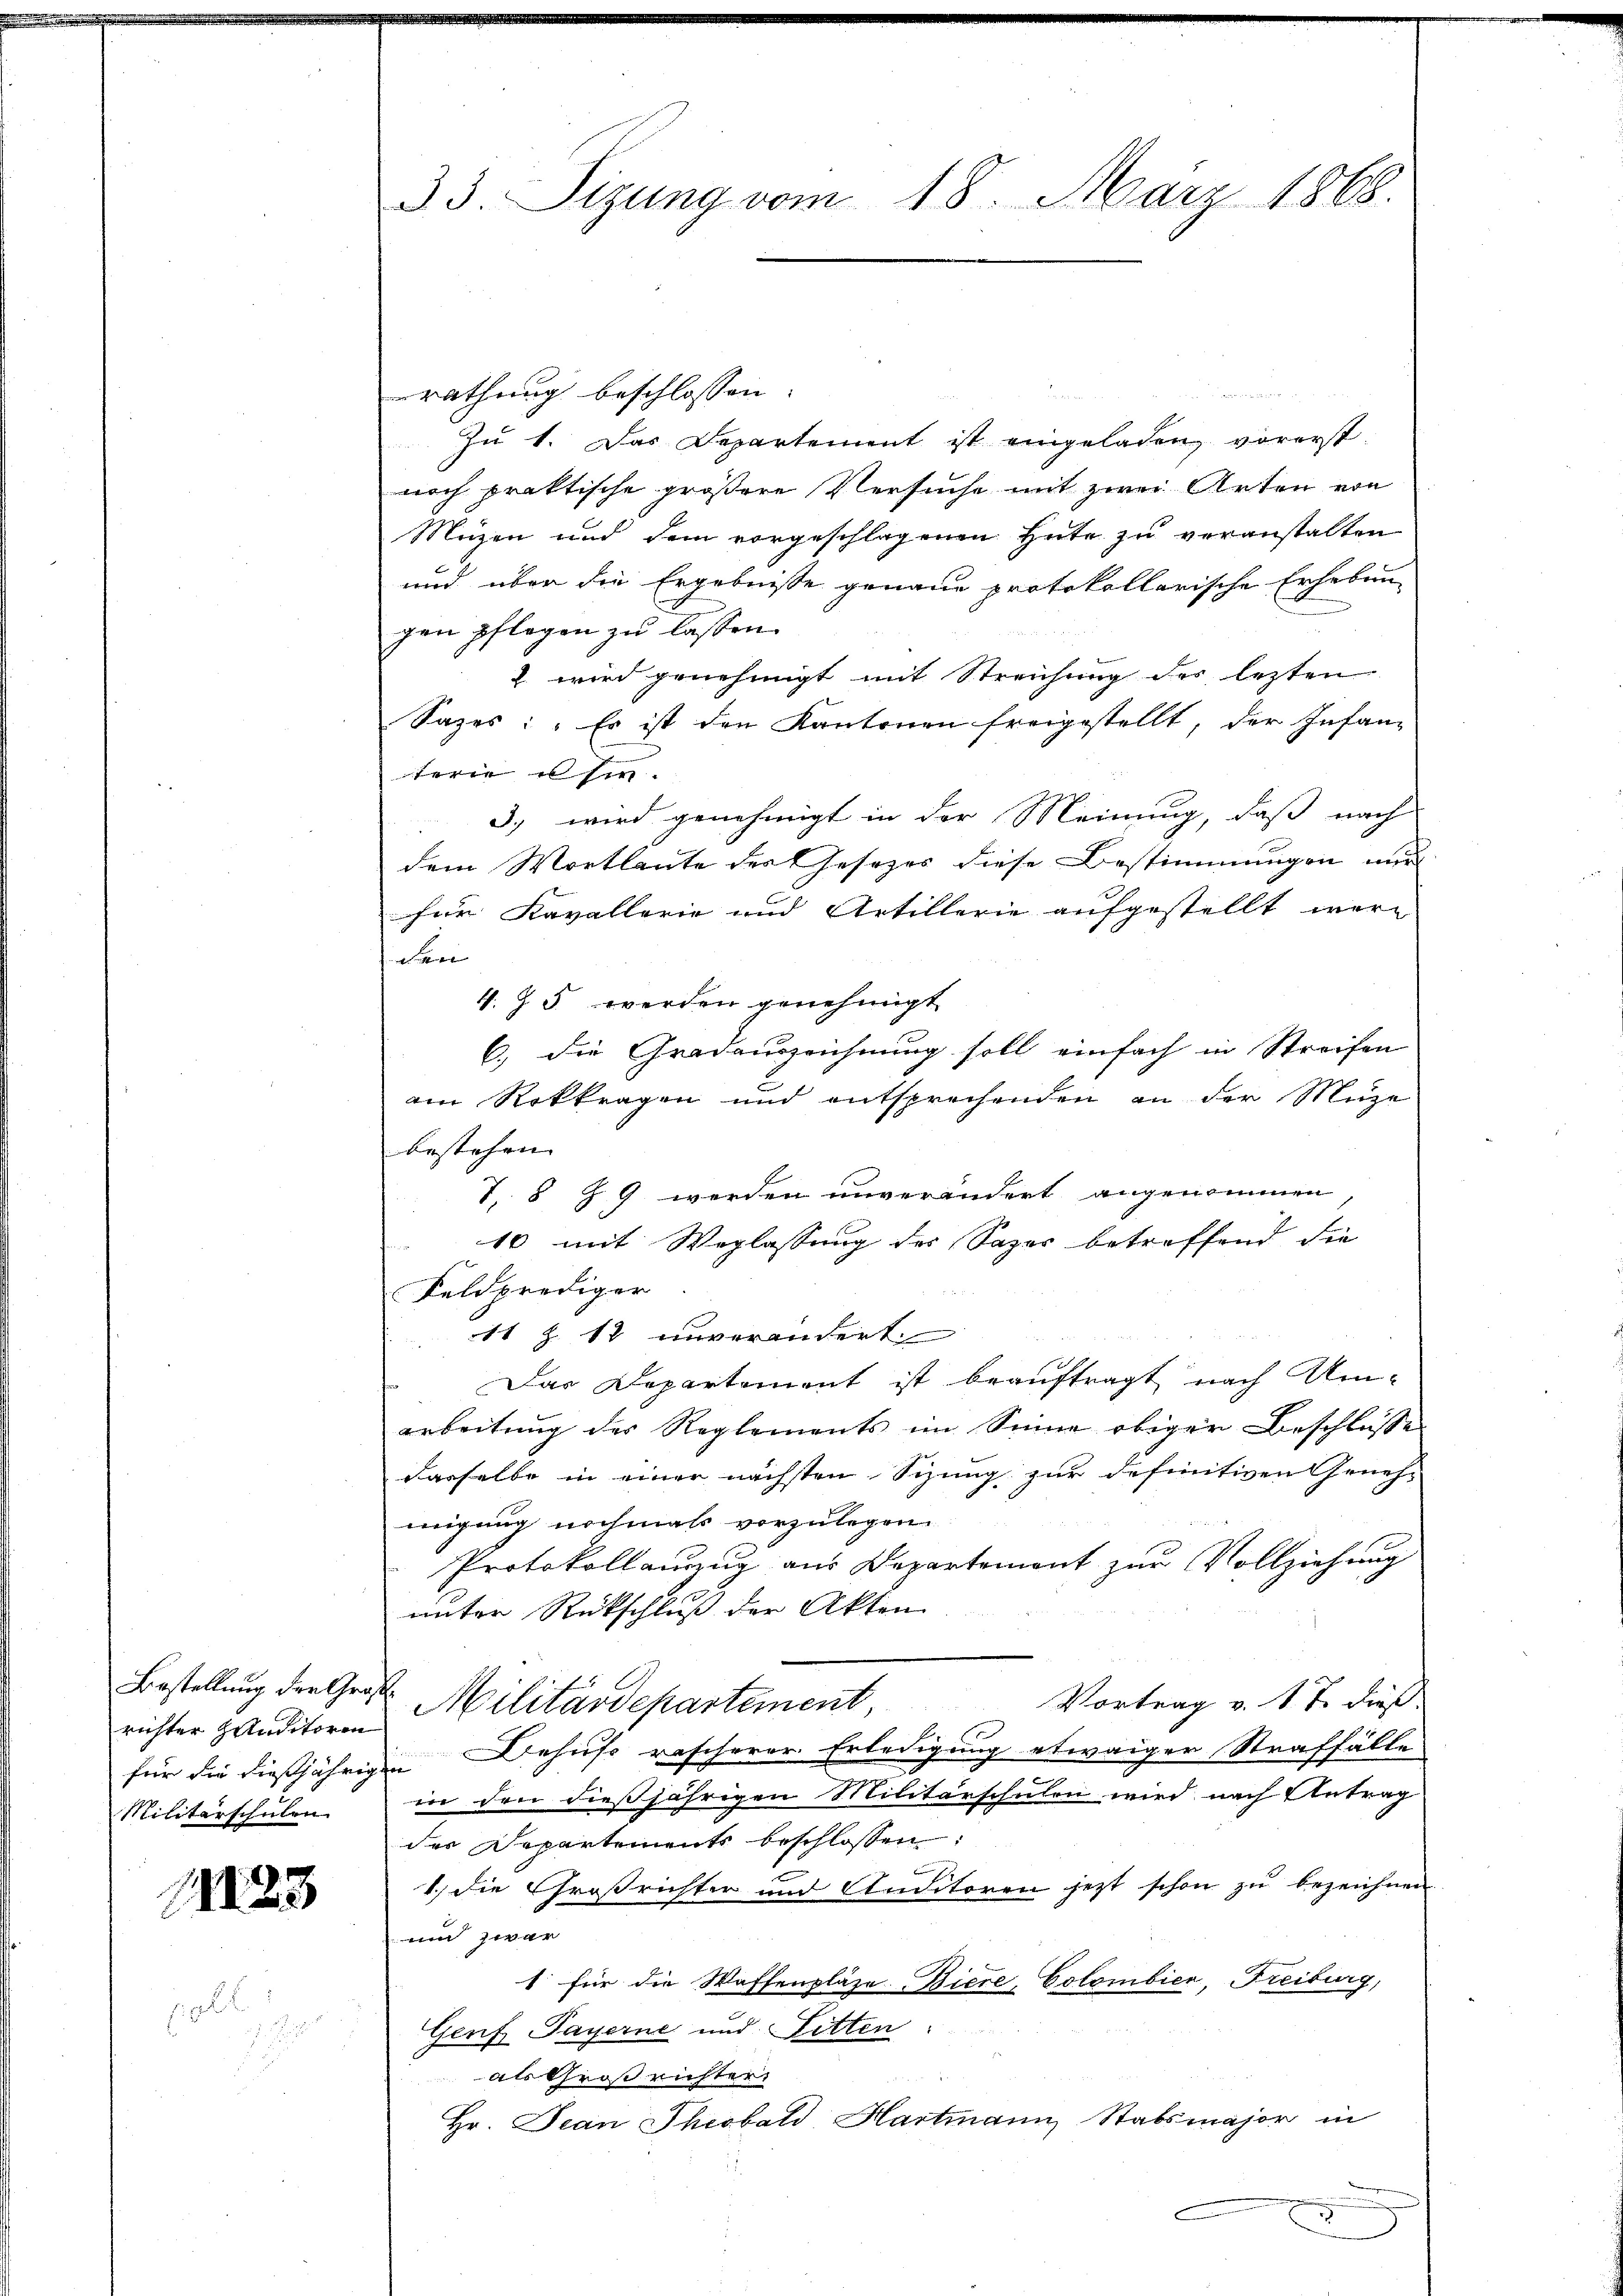
richter Hauditoren
Militärschulen.

11123

33. Sizung vom 18. März 1868.

rathung beschlossen:
a
Zu 1. Das Departement ist eingeladen, vorerst-
noch praktische größere Versuche mit zwei Arten von
Muzen und dem vorgeschlagenen Hute zu veranstalten
und über die Ergebnisse genaue protokollarische Erheben
gen pflegen zu lassen.
2. wird genehmigt mit Streichung des lezten
Sazes: „Es ist den Kantonen freigestellt, der Infang
terie sie.
3.) wird genehmigt in der Meinung, daß nach
dem Wortlaute des Gesezes diese Bestimmungen nur
für Kavallerie und Artillerie aufgestellt wäre
n
V. Z. 5 werden genehmigt.
6.) die Gradauszeichnung soll einfach in Streifen
am Rokkragen und entsprechenden an der Muze
bestehen. |
7, 8 & 9 werden unverändert angenommen,
10 mit Weglassung des Sager betreffend die
Feldprediger

11 Z. 12 unverändert.
Das Departement ist beauftragt nach Umarbeitung des Reglements im Sinne obiger Beschlüsse
derselbe in einer nächsten Sizung zur definitiven Genehmigung nochmals vorzulegen.
Protokollanzug aus Departement zur Vollziehung
unter Rückschluß der Akten
Bestellung der Gras Militärdepartement,
Vortrag v. 1. J. dieß
für die dießjährigen Behufs rascherer Erledigung etwaiger Straffälle
in den dießjährigen Militärschulen wird nach Antrag
der Departements beschlossen:
1.) Die Großrichter und Anditoren jetzt schon zu bezeichnen.
und zwar
1 für die Waffenpläte Biere, Colombier, Freiburg,
Genf, Payerne und Litten:
als Großrichter
Hr. Jean Theobald Hartmann Stabsmajor in
e